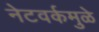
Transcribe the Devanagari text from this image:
नेटवर्कमुळे